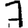
Digit: 7